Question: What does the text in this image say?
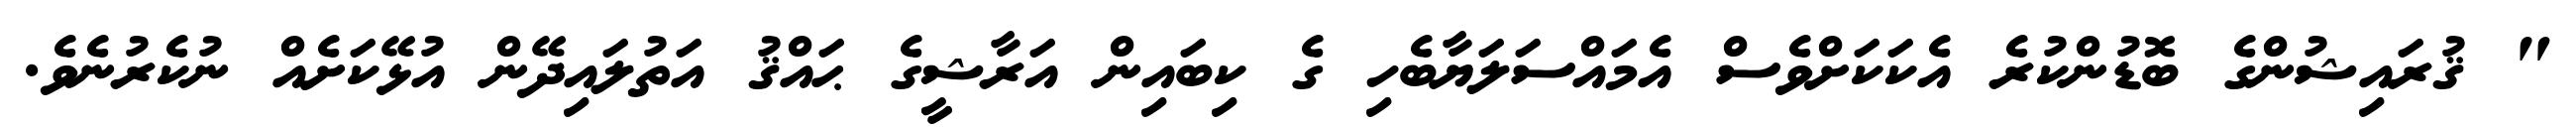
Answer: " ޤުރައިޝުންގެ ބޮޑުންކުރެ އެކަކަށްވެސް އެމައްސަލަޔާބެހި ގެ ކިބައިން އަރާޝީގެ ޙައްޤު އަތުލައިދޭން އުޅޭކަށެއް ނުކެރުނެވެ.